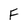
Character: F